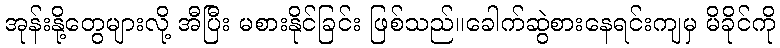
အုန်းနို့တွေများလို့ အီပြီး မစားနိုင်ခြင်း ဖြစ်သည်။ခေါက်ဆွဲစားနေရင်းကျမှ မိခိုင်ကို